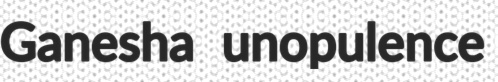
Ganesha unopulence